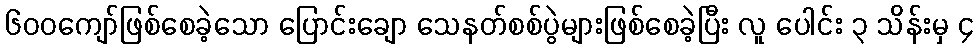
၆၀၀ကျော်ဖြစ်စေခဲ့သော ပြောင်းချော သေနတ်စစ်ပွဲများဖြစ်စေခဲ့ပြီး လူ ပေါင်း ၃ သိန်းမှ ၄